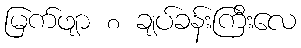
မြက်ဖျာ ၈ ချပ်ခန်းကြီးလေ